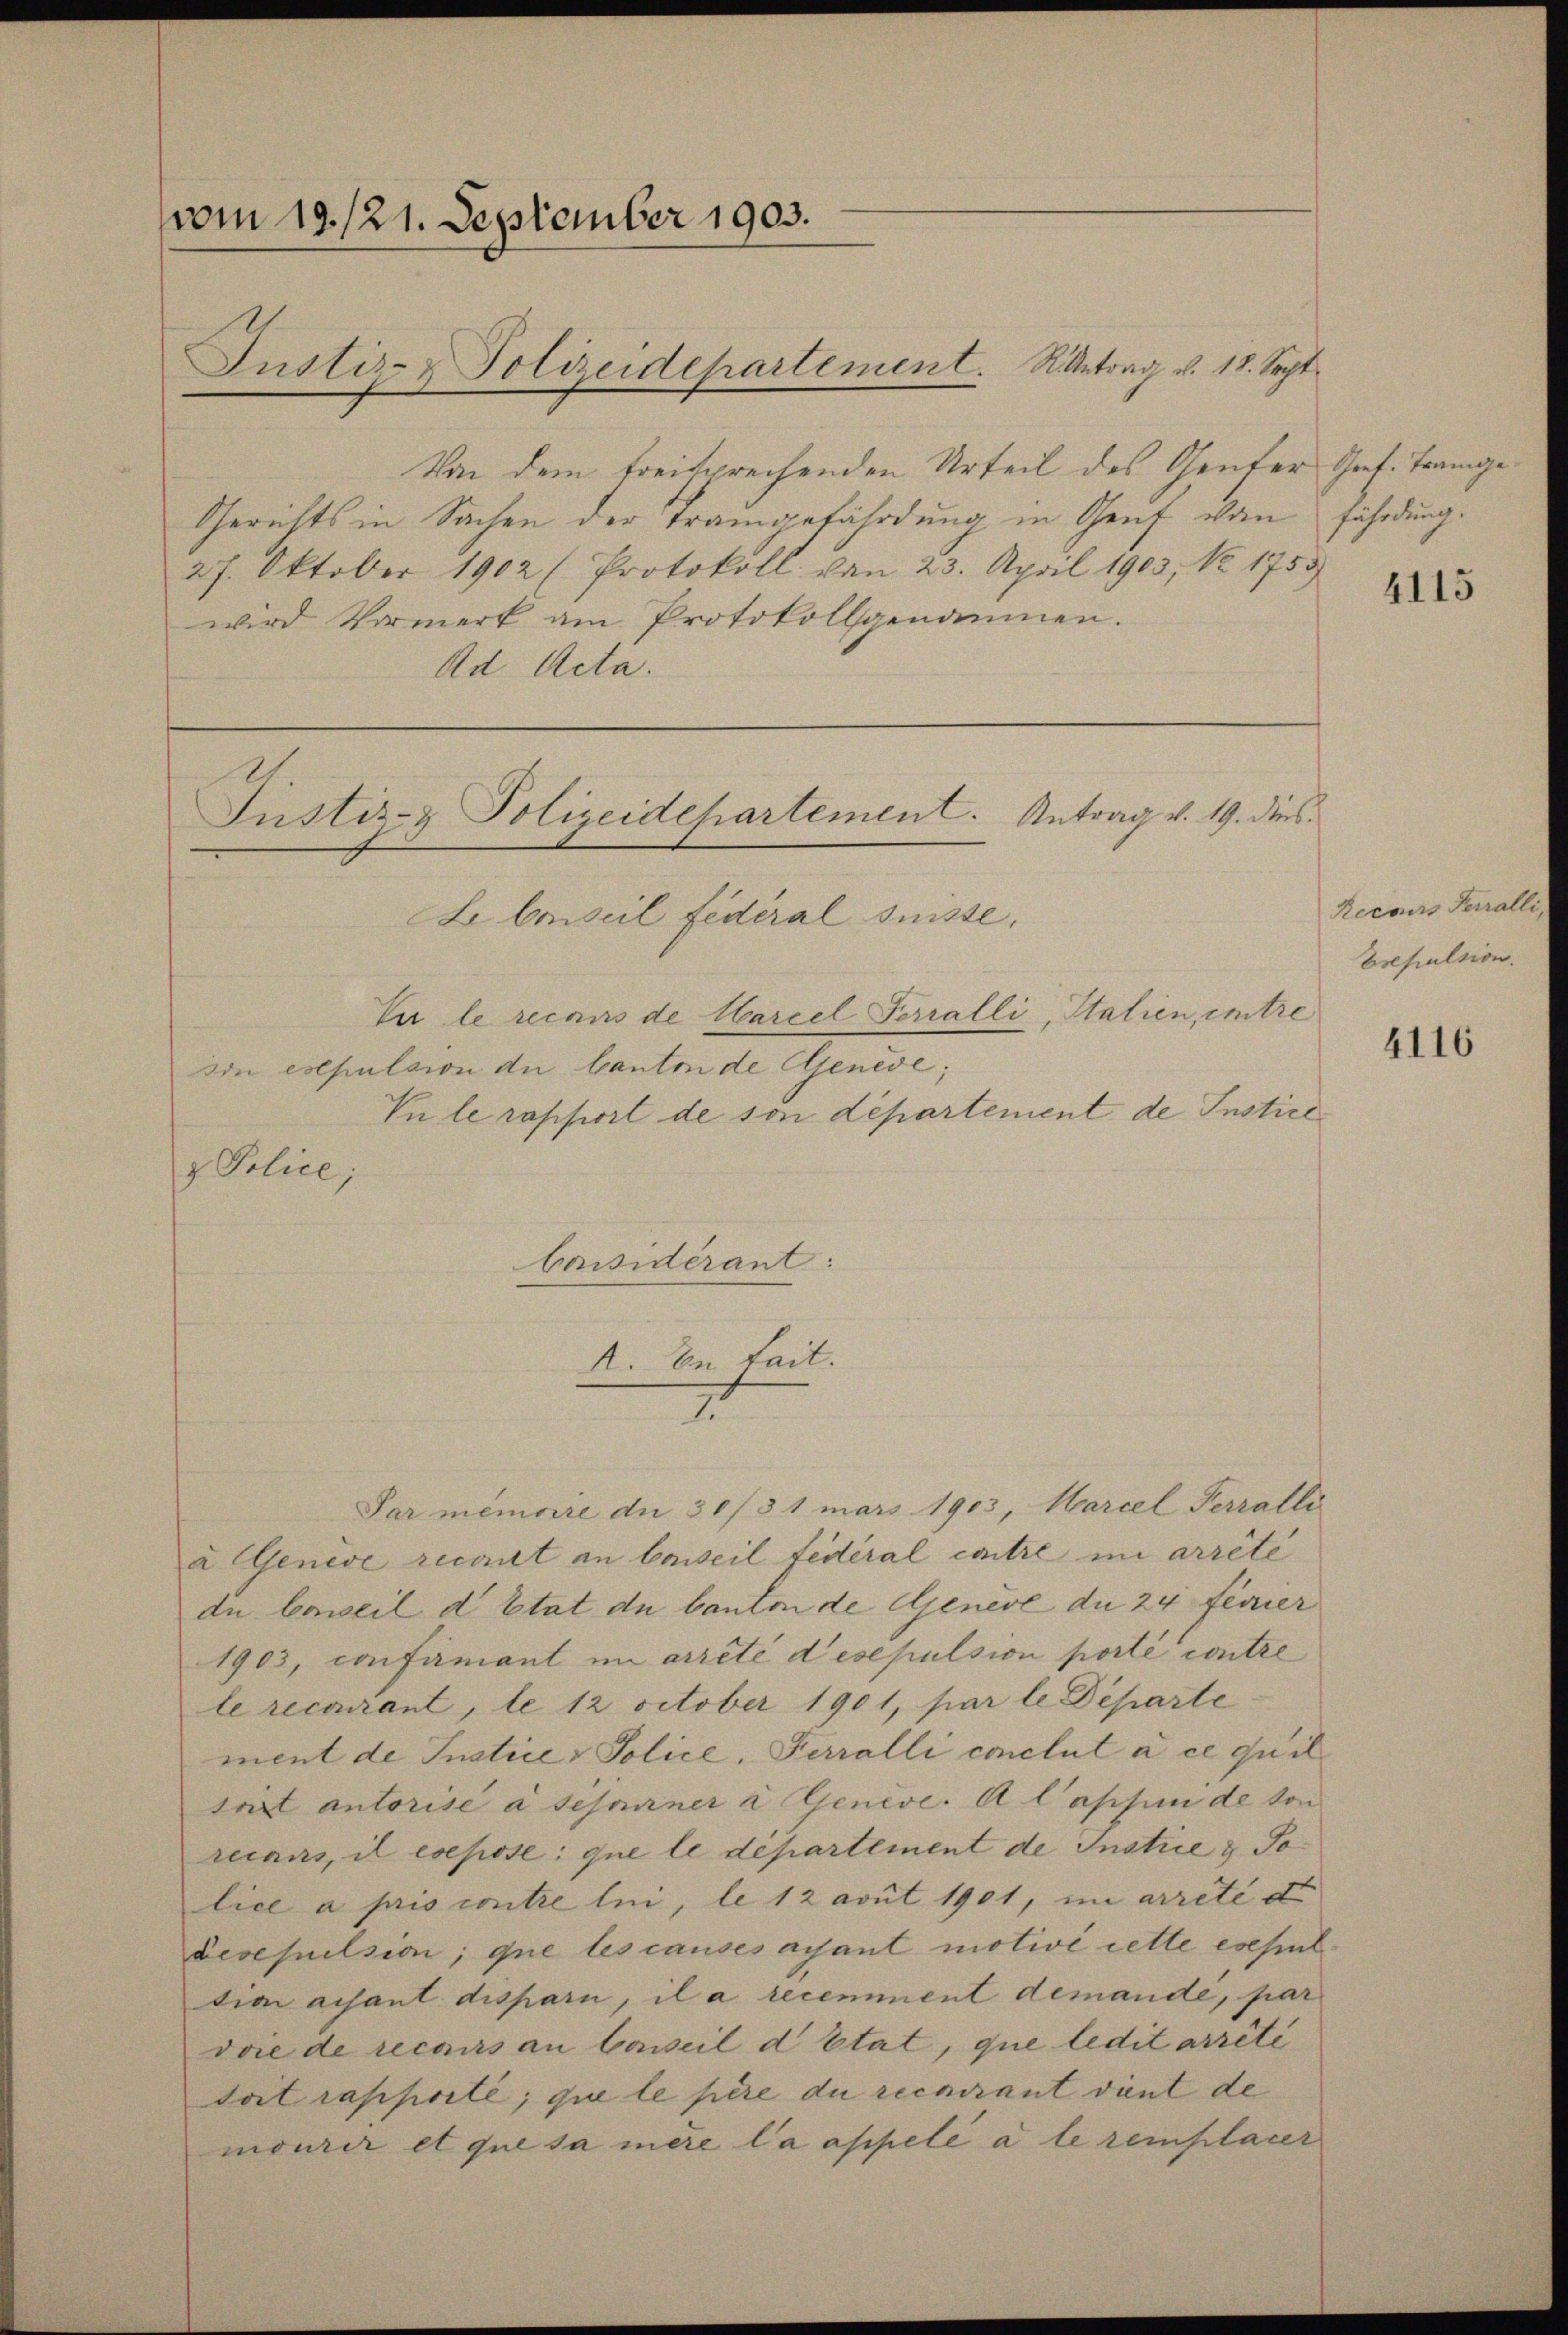
vom 19. 121. September 1903.
Justiz- & Polizeidepartement. Antrag v. 18. Sept.

Von dem freisprechenden Urteil des Genfer Graf. Trange¬
Gerichts in Sachen der Trangefährdung in Genf von fährdung.
27. Oktober 1902 (Protokoll von 23. April 1903, No. 1755
wird Vormerk am Protokollsgenommen.
Ad Acta.

Police,

Justiz- & Polizeidepartement. Antrag v. 19. dies
Le beiseil fédéral suisse,

A. In fait.

Tui le recours de Marcel Ferralli, Statien, intre
von expulsion du bautende Genede;
Vnle rapport de son departement de Instice
Caisidérant:
2
Par mémoire du 30/3 1 mars 1903, Marcel Terratli
à Genève recourt an Conseil fédéral contre in arrête
du beweil d Etat de Canton de Genève du 24, ferrier
1903, confirmant im arreté desepulsion porté contre
le recourant, le 12 october 1901, par le Departe
ment de Instice - Police, Terralli conclut à ce quil
srirt autorisé à sesserner à Genève. A lassen de von
recans, il esepose que le département de Instrie & Jolice a pris contre lui, le 12 avut 1901, im arrete e
decesuelsion, que les causes ayant motivi cette esseltion aisant dispari, il a recemment demande, par
doie de recours an Conseil d’Etat, que ledit arrêté
toit rapporte, que le père du recurant vient de
mourir et que sa mère la appelé à le reinplacer

Recours Ferralli,
Esepulsion.
4116

4115